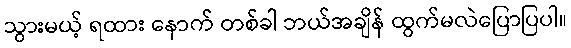
သွားမယ့် ရထား နောက် တစ်ခါ ဘယ်အချိန် ထွက်မလဲပြောပြပါ။